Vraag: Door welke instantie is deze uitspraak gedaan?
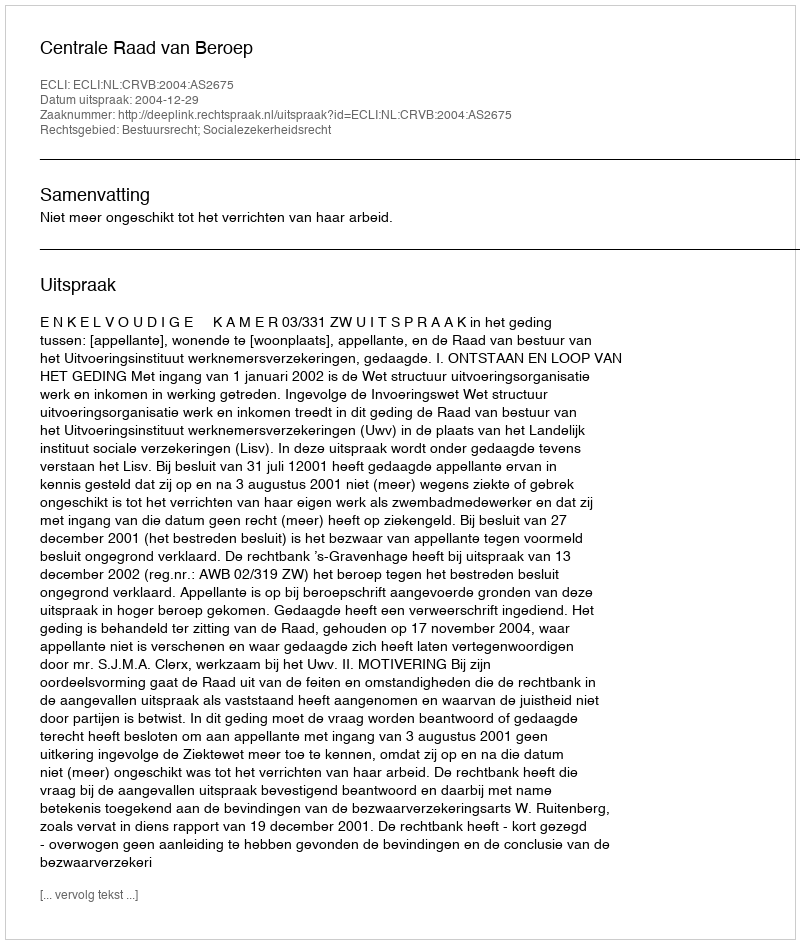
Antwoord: Centrale Raad van Beroep